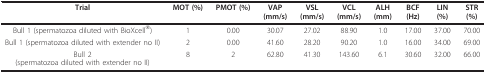
| Trial | MOT (%) | PMOT (%) | VAP(mm/s) | VSL(mm/s) | VCL(mm/s) | ALH(mm) | BCF(Hz) | LIN(%) | STR(%) |
 | --- | --- | --- | --- | --- | --- | --- | --- | --- | --- |
 | Bull 1 (spermatozoa diluted with BioXcell®) | 1 | 0.00 | 30.07 | 27.02 | 88.90 | 1.0 | 17.00 | 37.00 | 70.00 |
 | Bull 1 (spermatozoa diluted with extender no II) | 2 | 0.00 | 41.60 | 28.20 | 90.20 | 1.0 | 16.00 | 34.00 | 69.00 |
 | Bull 2(spermatozoa diluted with extender no II) | 8 | 2 | 62.80 | 41.30 | 143.60 | 6.1 | 30.60 | 32.00 | 66.00 |